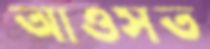
আওসত